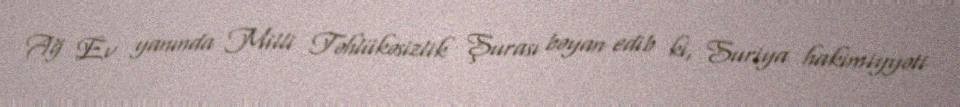
Ağ Ev yanında Milli Təhlükəsizlik Şurası bəyan edib ki, Suriya hakimiyyəti